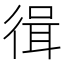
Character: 㣬